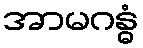
အာမဂန္ဓံ